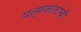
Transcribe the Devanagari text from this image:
पत्रकारांची